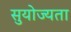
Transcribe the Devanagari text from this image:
सुयोज्यता